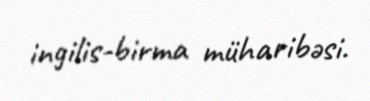
ingilis-birma müharibəsi.